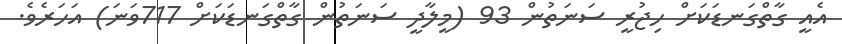
އެއީ ގާތްގަނޑަކަށް ހިޖުރީ ސަނަތުން 93 (މީލާދީ ސަނަތުން ގާތްގަނޑަކަށް 717ވަނަ) އަހަރެވެ.